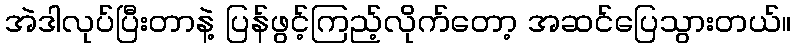
အဲဒါလုပ်ပြီးတာနဲ့ ပြန်ဖွင့်ကြည့်လိုက်တော့ အဆင်ပြေသွားတယ်။